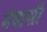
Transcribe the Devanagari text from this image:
मेवासी